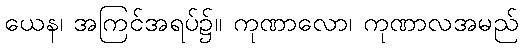
ယေန၊ အကြင်အရပ်၌။ ကုဏာလော၊ ကုဏာလအမည်